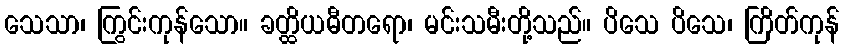
သေသာ၊ ကြွင်းကုန်သော။ ခတ္ထိယဓီတရော၊ မင်းသမီးတို့သည်။ ပိသေ ပိသေ၊ ကြိတ်ကုန်